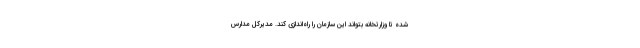
شده تا وزارتخانه بتواند این سازمان را راه‌اندازی کند. مدیرکل مدارس